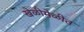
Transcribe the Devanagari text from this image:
खेळीमेळीत